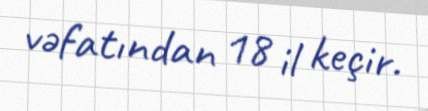
vəfatından 18 il keçir.